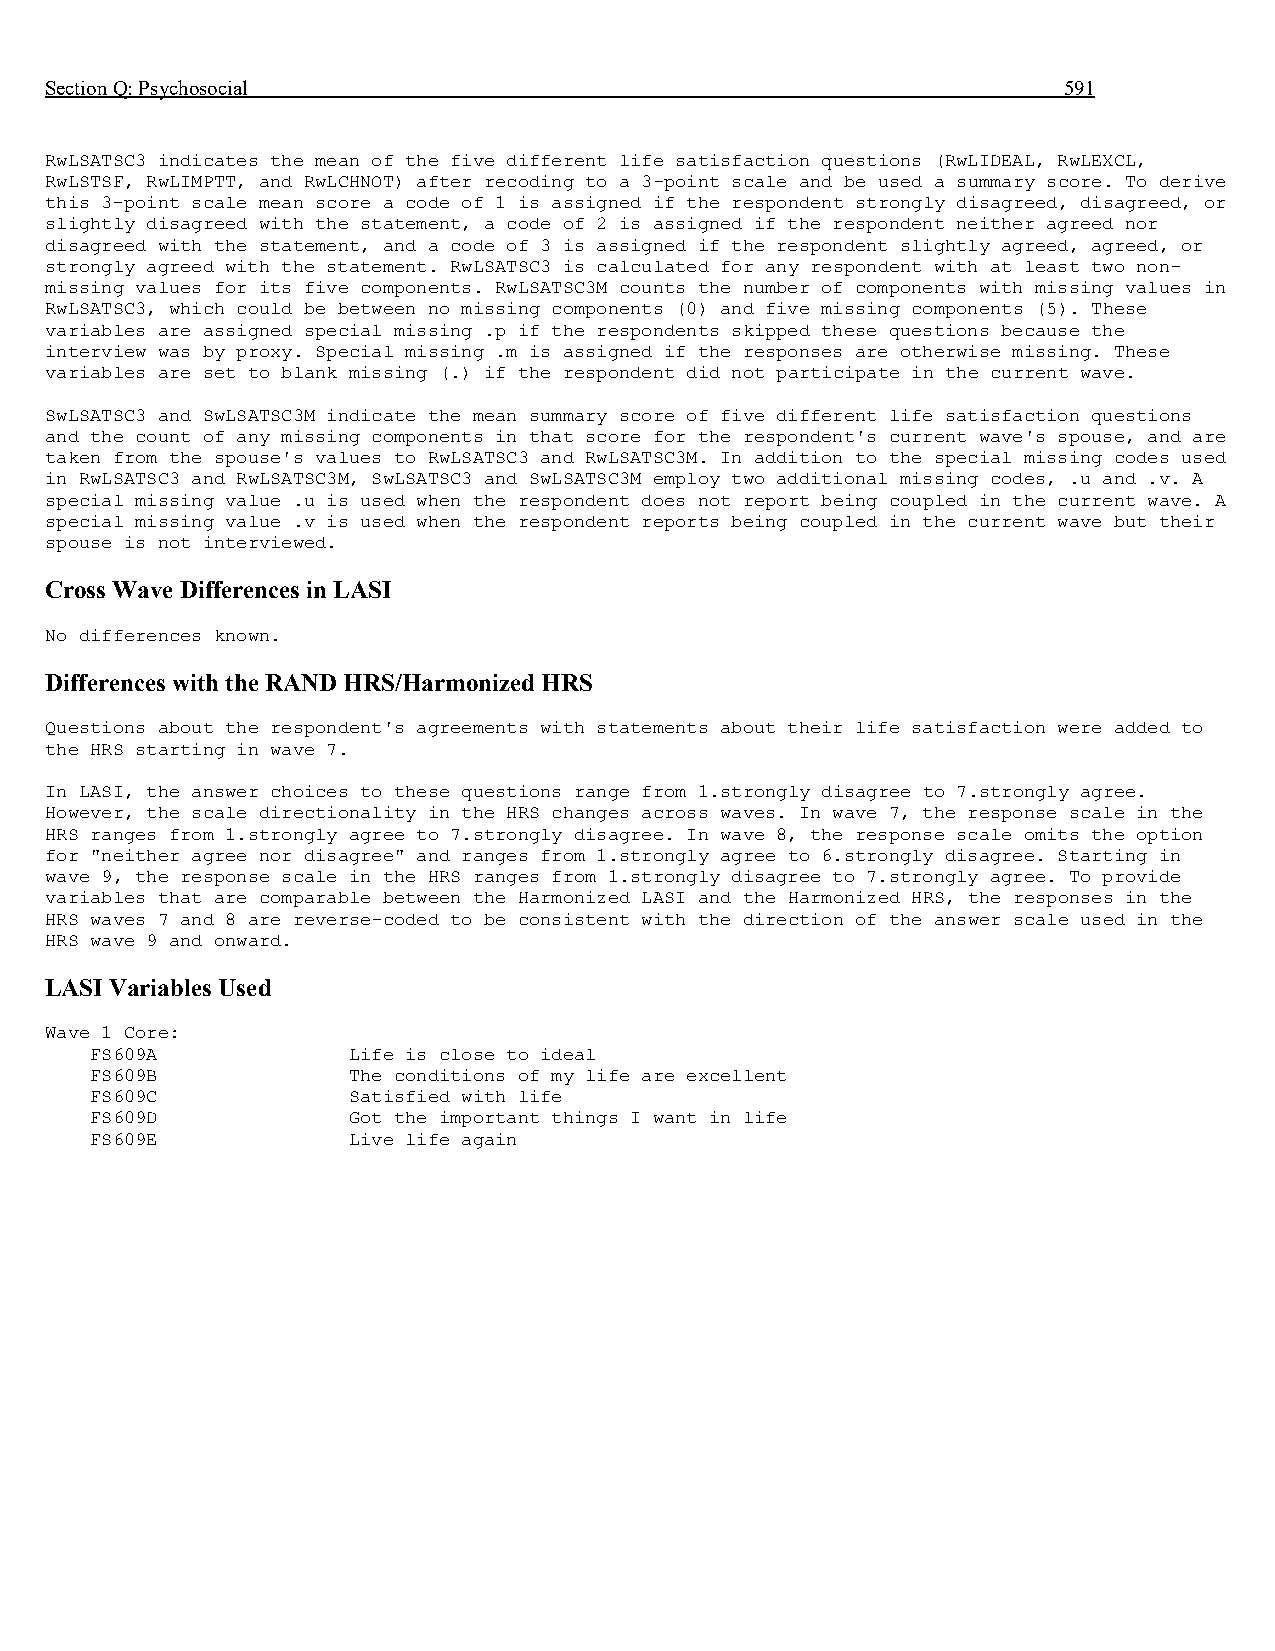
Section Q: Psychosocial                                            591
 RwLSATSC3 indicates the mean of the five different life satisfaction questions (RwLIDEAL, RwLEXCL,
 RwLSTSF, RwLIMPTT, and RwLCHNOT) after recoding to a 3-point scale and be used a summary score. To derive
 this 3-point scale mean score a code of 1 is assigned if the respondent strongly disagreed, disagreed, or
 slightly disagreed with the statement, a code of 2 is assigned if the respondent neither agreed nor
 disagreed with the statement, and a code of 3 is assigned if the respondent slightly agreed, agreed, or
 strongly agreed with the statement. RwLSATSC3 is calculated for any respondent with at least two non-
 missing values for its five components. RwLSATSC3M counts the number of components with missing values in
 RwLSATSC3, which could be between no missing components (0) and five missing components (5). These
 variables are assigned special missing .p if the respondents skipped these questions because the
 interview was by proxy. Special missing .m is assigned if the responses are otherwise missing. These
 variables are set to blank missing (.) if the respondent did not participate in the current wave.
 SwLSATSC3 and SwLSATSC3M indicate the mean summary score of five different life satisfaction questions
 and the count of any missing components in that score for the respondent's current wave's spouse, and are
 taken from the spouse's values to RwLSATSC3 and RwLSATSC3M. In addition to the special missing codes used
 in RwLSATSC3 and RwLSATSC3M, SwLSATSC3 and SwLSATSC3M employ two additional missing codes, .u and .v. A
 special missing value .u is used when the respondent does not report being coupled in the current wave. A
 special missing value .v is used when the respondent reports being coupled in the current wave but their
 spouse is not interviewed.
 Cross Wave Differences in LASI
 No differences known.
 Differences with the RAND HRS/Harmonized HRS
 Questions about the respondent's agreements with statements about their life satisfaction were added to
 the HRS starting in wave 7.
 In LASI, the answer choices to these questions range from 1.strongly disagree to 7.strongly agree.
 However, the scale directionality in the HRS changes across waves. In wave 7, the response scale in the
 HRS ranges from 1.strongly agree to 7.strongly disagree. In wave 8, the response scale omits the option
 for "neither agree nor disagree" and ranges from 1.strongly agree to 6.strongly disagree. Starting in
 wave 9, the response scale in the HRS ranges from 1.strongly disagree to 7.strongly agree. To provide
 variables that are comparable between the Harmonized LASI and the Harmonized HRS, the responses in the
 HRS waves 7 and 8 are reverse-coded to be consistent with the direction of the answer scale used in the
 HRS wave 9 and onward.
 LASI Variables Used
 Wave 1 Core:
 FS609A           Life is close to ideal
 FS609B           The conditions of my life are excellent
 FS609C           Satisfied with life
 FS609D           Got the important things I want in life
 FS609E           Live life again